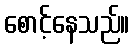
စောင့်နေသည်။